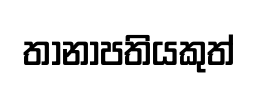
තානාපතියකුත්